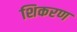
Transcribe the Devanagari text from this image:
शिकरण